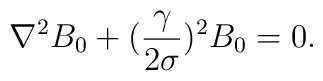
\nabla^2B_0+({{\gamma}\over{2\sigma}})^2B_0=0.